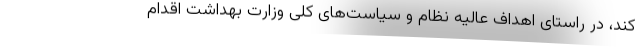
کند، در راستای اهداف عالیه نظام و سیاست‌های کلی وزارت بهداشت اقدام